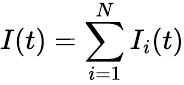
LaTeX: I(t)=\sum_{i=1}^{N}I_{i}(t)